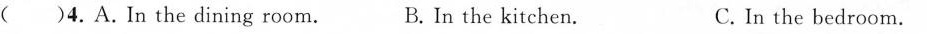
( )4.A.In the dining room. B.In the kitchen. C. In the bedroom.